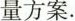
量方案.